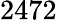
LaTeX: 2472